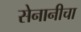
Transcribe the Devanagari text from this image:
सेनानीचा